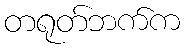
တရုတ်ဘက်က